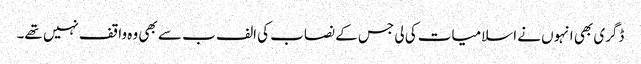
ڈگری بھی انہوں نے اسلامیات کی لی جس کے نصاب کی الف ب سے بھی وہ واقف نہیں تھے۔